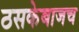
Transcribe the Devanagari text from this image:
ठसकेबाजच